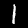
Digit: 1